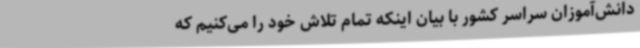
دانش‌آموزان سراسر کشور با بیان اینکه تمام تلاش خود را می‌کنیم که